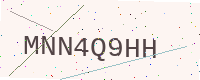
Text: MNN4Q9HH